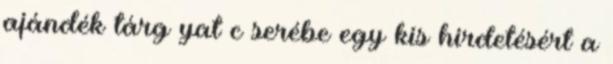
ajándék tárg yat c serébe egy kis hirdetésért a